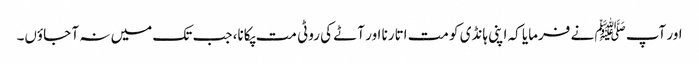
اور آپﷺ نے فرمایا کہ اپنی ہانڈی کو مت اتارنا اور آٹے کی روٹی مت پکانا، جب تک میں نہ آ جاؤں۔